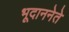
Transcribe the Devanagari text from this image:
भूदाननेते